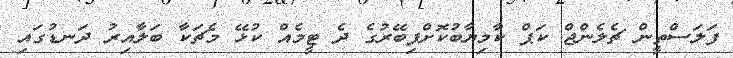
ފަލަސްތީން ޗެލެންޖް ކަޕް ކާމިޔާބުކޮށްފިބޭރުގެ ދެ ޓީމެއް ކުޅޭ މެޗަކާ ބަލާއިރު ދަނޑުގައި